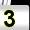
Digit: 3